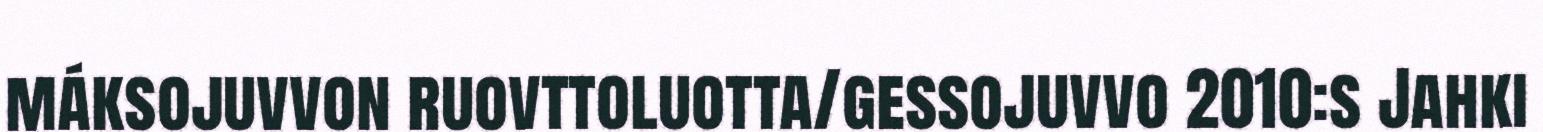
máksojuvvon ruovttoluotta/gessojuvvo 2010:s Jahki